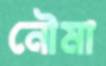
নৌমা